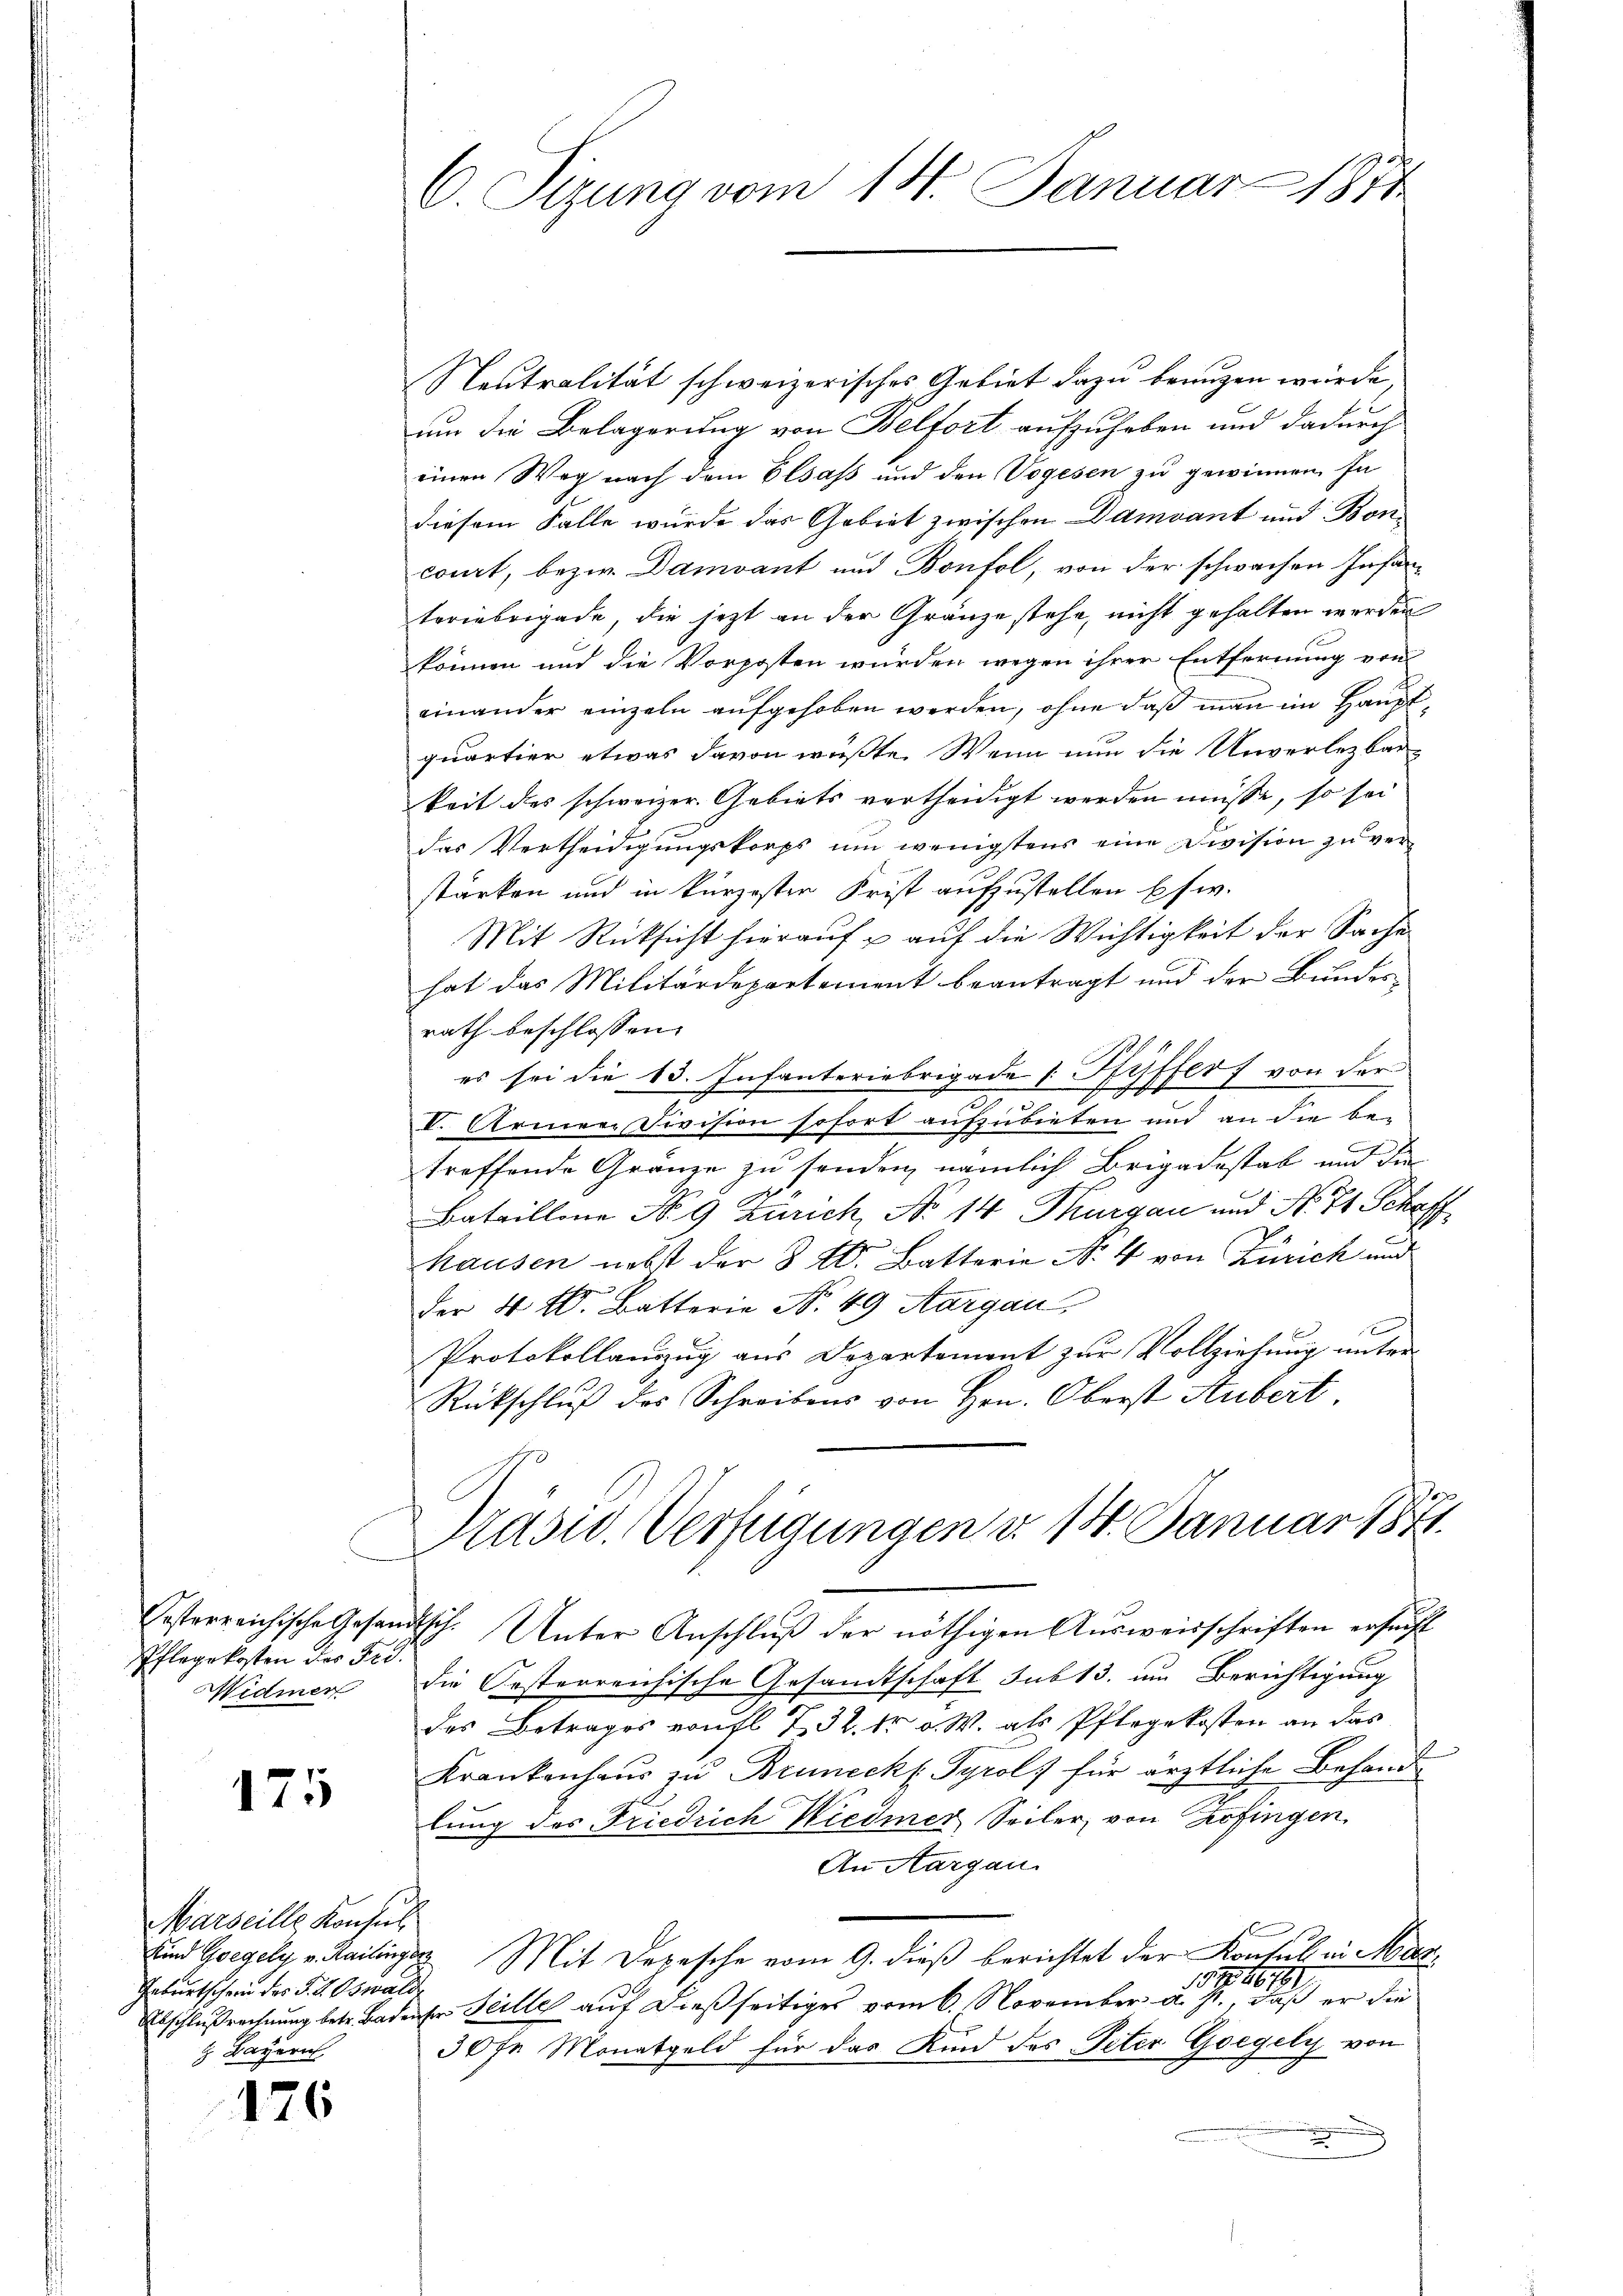
Pflegekosten des Frd.
Widmer

175

Marseille Konsul
Geburtschein der F. V. Oswald
 Bayern

126

C. Sizung vom 14. Januar 1874

Neutralität schweizerisches Gebiet dazu benuzen würde.
um die Belagerung von Belfort aufzuheben und dadurch
einen Weg nach dem Elsass und den Vogesen zu gewinnen. In
diesem Falle wurde das Gebiet zwischen Damvant und Boncourt, bezw. Damvant und Bonfol, von der schwachen Infanteriebrigade, die jetzt an der Gränze stehe, nicht gehalten werden
können und die Vorposten würden wegen ihrer Entfernung vom
einander einzeln aufgehoben werden, ohne daß man im Hauptquartier etwas davon wüßte. Wenn nun die Unverlezbar-
keit des schweizer. Gebiets vertheidigt werden müsse, so sei
das Vertheidigungskorps um wenigstens eine Division zu ver-
stärken und in kürzester Frist aufzustellen pfw.
Mit Rücksicht hierauf & auf die Wichtigkeit der Sache
hat das Militärdepartement beantragt und der Bundes-
rath beschlossen. |
es sei die 43. Infanteriebrigade [Pfyffer von der
n
V. Armen Division sofort aufzubieten und an die be-
troffende Gränze zu senden, nämlich Brigadestab und de
Bataillone No 9 Zürich, No 14 Thurgau und No. 71 Schaff
hausen nebst der § 40. Batterie No. 4 von Zürich und
1
der 4 l. Batterie No 49 Aargau,
Protokollauszug aus Departement zur Vollziehung unter¬
Rückschluß des Schreibens von Hrn. Oberst Hubert,

Präsid. Verfügungen d. 14. Januar 1871.

Oesterreichische Gesandtsch. Unter Anschlŭβ der nöthigen Aŭsweisschriften ersucht
die Oesterreichische Gesandtschaft sub 13. um Berichtigung
des Betrages von fl. 732. t v. W. als Pflegekosten an das
Krankenhaus zu Bruneck ( Tyrol für ärztliche Behand
lung des Friedrich Wiedmer Seiler, von Zofingen,
An Aargau.
Sind Goegely v. Kailingen Mit Depesche vom 9. dieß berichtet der Konsul in Mar
157, 1611
Abschlußrechnung betr. Badenser Teille auf dießseitiges vom 6. November a. Js., daß er die
30 fr Monatgeld für das Kind des Peter Goegely von
.